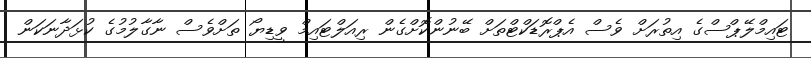
ޓައިމްލޭޕްސްގެ އިތުރަށް ވެސް އެޕްރޮޑަކްޓްތަށް ބޭނުންކޮށްގެން ރިއަލްޓައިމް ވީޑިޔޯ ތަށްވެސް ނާގާލުމުގެ ކުޅަދާނަކަން